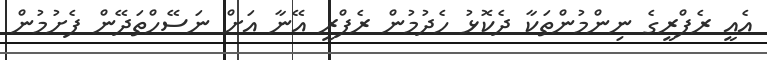
އެއީ ރެފްރީގެ ނިންމުންތަކާ ދެކޮޅު ހެދުމުން ރެފްރީ އޭނާ އަށް ނަސޭހްތަދޭން ފެށުމުން